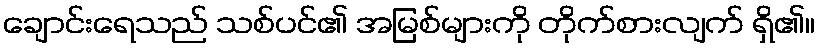
ချောင်းရေသည် သစ်ပင်၏ အမြစ်များကို တိုက်စားလျက် ရှိ၏။